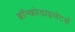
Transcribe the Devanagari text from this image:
ब्रॉन्कोडाइलेटर्स